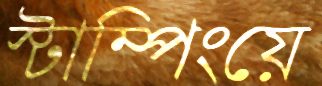
স্টাম্পিংয়ে